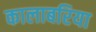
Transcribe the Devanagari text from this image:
कालाबरिया